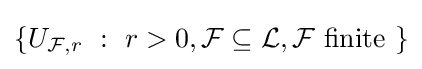
\left\{U_{{\mathcal {F}},r}~:~r>0,{\mathcal {F}}\subseteq {\mathcal {L}},{\mathcal {F}}{\text{ finite }}\right\}